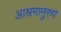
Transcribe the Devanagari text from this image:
आश्रमानुरुप